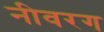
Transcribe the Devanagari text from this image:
नीवरग